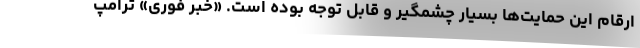
ارقام این حمایت‌ها بسیار چشمگیر و قابل توجه بوده است. «خبر فوری» ترامپ